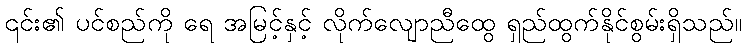
၎င်း၏ ပင်စည်ကို ရေ အမြင့်နှင့် လိုက်လျောညီထွေ ရှည်ထွက်နိုင်စွမ်းရှိသည်။